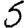
Digit: 5